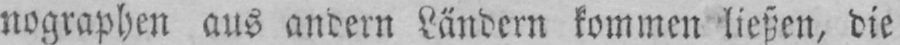
nographen aus andern Ländern kommen ließen, die